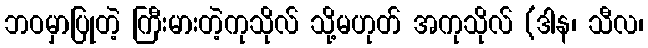
ဘဝမှာပြုတဲ့ ကြီးမားတဲ့ကုသိုလ် သို့မဟုတ် အကုသိုလ် (ဒါန၊ သီလ၊